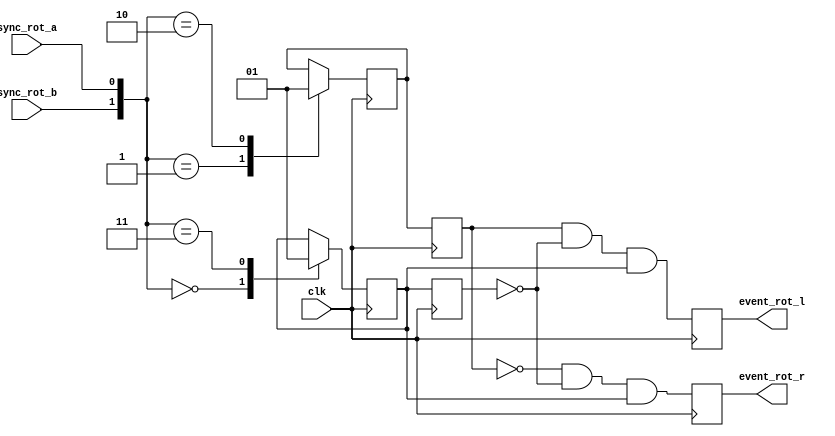
module spinner
  (
  input  wire        sync_rot_a,
  input  wire        sync_rot_b,
  input  wire        clk,
  output reg         event_rot_l,
  output reg         event_rot_r 
  );
  reg                rotary_q1;
  reg                rotary_q2;
  reg                rotary_q1_dly;
  reg                rotary_q2_dly;
  always @(posedge clk)
  begin : filter
    case ({sync_rot_b, sync_rot_a})
      0: rotary_q1 <= 1'b0;
      1: rotary_q2 <= 1'b0;
      2: rotary_q2 <= 1'b1;
      3: rotary_q1 <= 1'b1;
    endcase
    rotary_q1_dly <= rotary_q1;
    rotary_q2_dly <= rotary_q2;
    event_rot_l <=  rotary_q2_dly && !rotary_q1_dly && rotary_q1;
    event_rot_r <= !rotary_q2_dly && !rotary_q1_dly && rotary_q1;
  end
endmodule